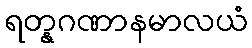
ရတ္နဂဏာနမာလယံ